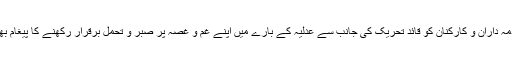
اس موقع پر ذمہ داران و کارکنان کو قائد تحریک کی جانب سے عدلیہ کے بارے میں اپنے غم و غصہ پر صبر و تحمل برقرار رکھنے کا پیغام بھی پہنچایا گیا۔